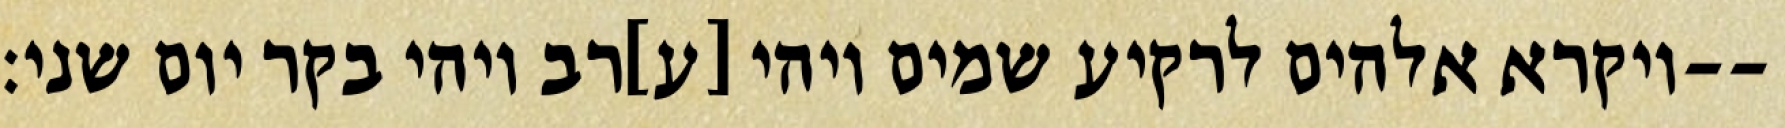
ויקרא אלהים לרקיע שמים ויהי [ע]רב ויהי בקר יום שני׃--